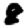
Digit: 8